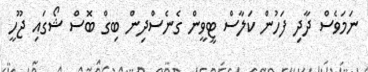
ނަމަވެސް ދާދި ފަހުން ކަލާސް ޓީވީން ގެނެސްދިން ބިގް ބޮސް ޝޯގައި ޖޫހީ